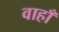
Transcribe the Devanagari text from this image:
वाहाँ